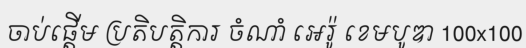
ចាប់ផ្តើម ប្រតិបត្តិការ ចំណាំ អេរ៉ូ ខេមបូឌា 100x100